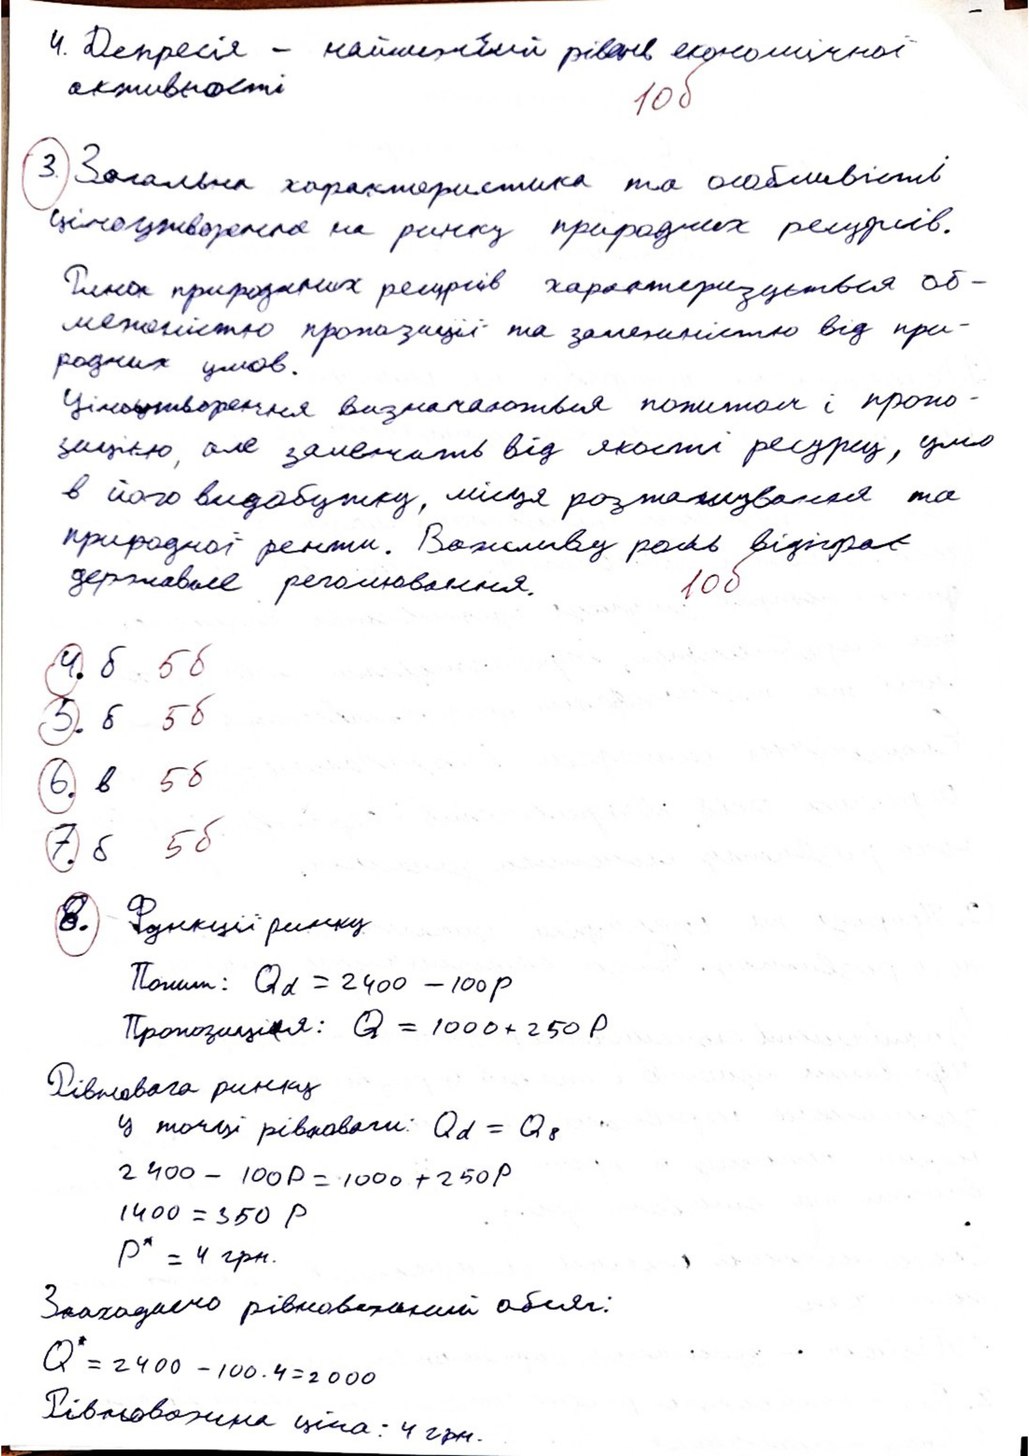
4. Депресія - найнижчий рівень економічної
10б
активності
3. Загальна характеристика та особливість
Ціноутворення на ринку природних ресурсів.
Ринок природних ресурсів характеризується об-
меженістю пропозиції та залежністю від при-
родних умов.
Ціноутворення визначаються попитом і пропо-
зицією, але залежить від якості ресурсу, умо
в його видобутку, місця розташування та
природної ренти. Важливу роль відіграє
10б
державного реголювання.
4. б
5 б
5. б
5 б
6. в
5 б
5 б
7. б
8.  Функції ринку
Попит: Qd = 2400 - 100p
Пропозиція: Q = 1000 + 250 P
Рівновага ринку
У точці рівноваги: Qd = Qs
2400 - 100P = 1000 + 250P
1400 = 350 p
P* = 4 грн.
Знаходимо рівноважний обсяг:
Q* = 2400 - 100 ⋅ 4 = 2000
Рівноважна ціна: 4 грн.